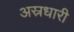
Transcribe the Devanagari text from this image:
अस्रधारी